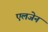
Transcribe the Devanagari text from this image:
एलजेन